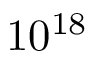
1 0 ^ { 1 8 }